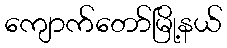
ကျောက်တော်မြို့နယ်